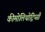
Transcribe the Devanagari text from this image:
कीमोलिथोट्रिप्सी